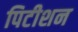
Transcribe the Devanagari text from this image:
पिटीशन